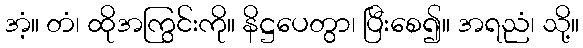
အံ့။ တံ၊ ထိုအကြွင်းကို။ နိဋ္ဌပေတွာ၊ ပြီးစေ၍။ အရညံ၊ သို့။